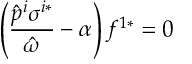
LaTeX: \left( \frac { \hat { p } ^ { i } \sigma ^ { i * } } { \hat { \omega } } - \alpha \right) f ^ { 1 * } = 0